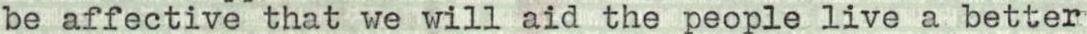
be affective that we will aid the people live a better